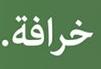
خرافة